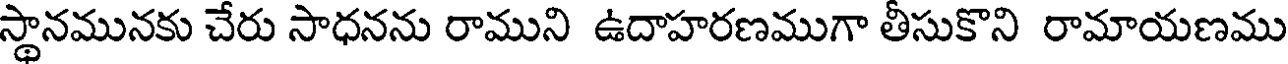
స్థానమునకు చేరు సాధనను రాముని ఉదాహరణముగా తీసుకొని రామాయణము